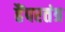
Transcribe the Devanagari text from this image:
हैंपरतंत्र